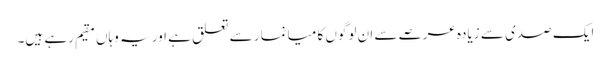
ایک صدی سے زیادہ عرصے سے ان لوگوں کا میانمار سے تعلق ہے اور یہ وہاں مقیم رہے ہیں۔